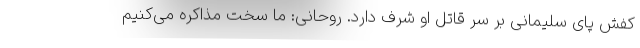
کفش پای سلیمانی بر سر قاتل او شرف دارد. روحانی: ما سخت مذاکره می‌کنیم